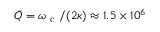
\bar { Q } = \omega _ { \mathrm { ~ c ~ } } / ( 2 \kappa ) \approx 1 . 5 \times 1 0 ^ { 6 }